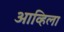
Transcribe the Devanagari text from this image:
आव्हिला